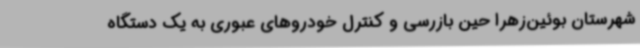
شهرستان بوئین‌زهرا حین بازرسی و کنترل خودروهای عبوری به یک دستگاه